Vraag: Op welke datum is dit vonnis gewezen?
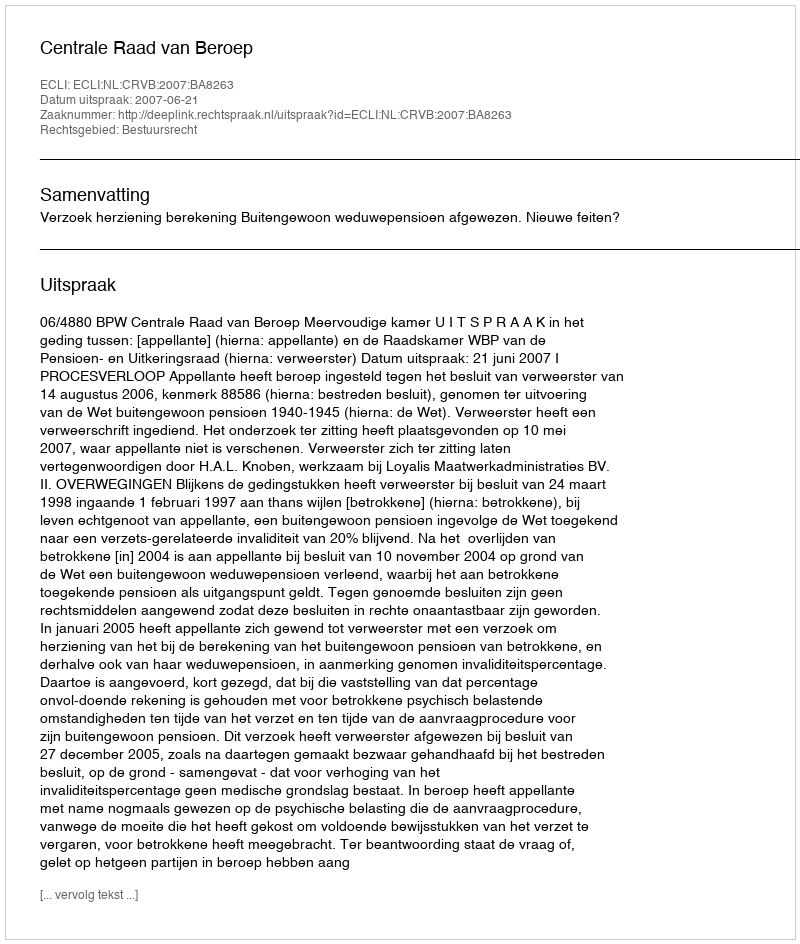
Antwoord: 2007-06-21